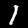
Label: 1